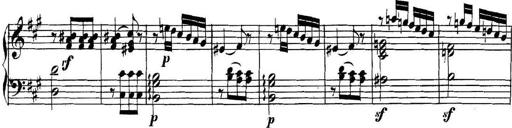
Title: Collected Piano Sonatas
Composer: Muzio Clementi